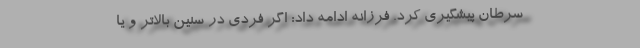
سرطان پیشگیری کرد. فرزانه ادامه داد: اگر فردی در سنین بالاتر و یا